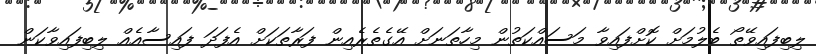
ލިބިފައިވޭތޯ ބެލުމަށް ކޮށްފައިވާ މަސައްކަތުން މިހާތަނަށް އޭގެތެރެއިން ފަރާތަކަށް އެފަދަ ފައިސާއެއް ލިބިފައިވާކަން